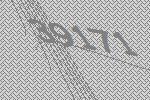
39171